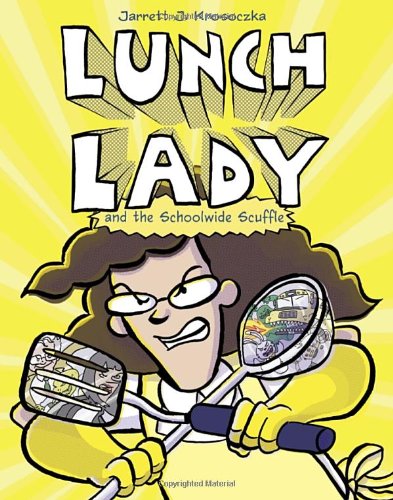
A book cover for Lunch Lady and the Schoolwide Scuffle; Jarrett J. Krosoczka; Children's Books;